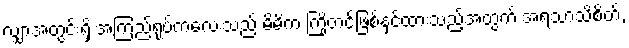
လျှာအတွင်းရှိ အကြည်ရုပ်ကလေးသည် မိမိက ကြိုတင်ဖြစ်နှင့်ထားသည့်အတွက် အရသာသိစိတ်,